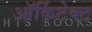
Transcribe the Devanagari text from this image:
ऑर्किटेक्ट